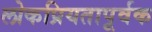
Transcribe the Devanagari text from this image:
लोकप्रियतापूर्वक